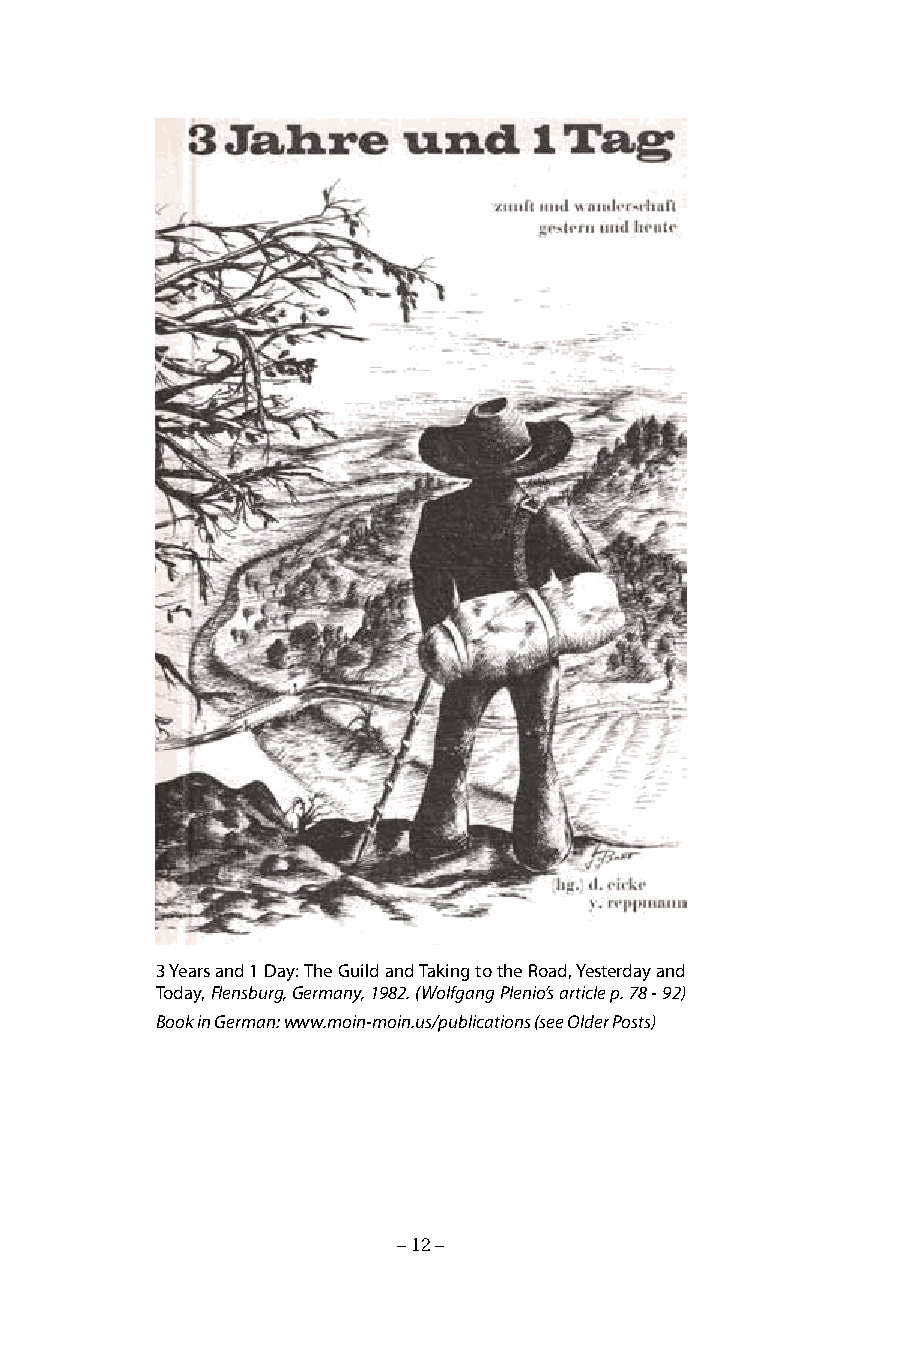
3 Years and 1 Day: The Guild and Taking to the Road, Yesterday and
 Today, Flensburg, Germany, 1982. (Wolfgang Plenio’s article p. 78 - 92)
 Book in German: www.moin-moin.us/publications (see Older Posts)
 – 12 –